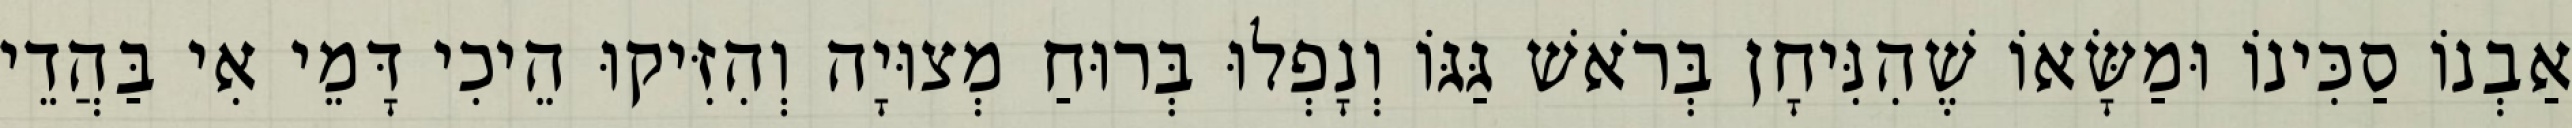
אַבְנוֹ סַכִּינוֹ וּמַשָּׂאוֹ שֶׁהִנִּיחָן בְּרֹאשׁ גַּגּוֹ וְנָפְלוּ בְּרוּחַ מְצוּיָה וְהִזִּיקוּ הֵיכִי דָּמֵי אִי בַּהֲדֵי